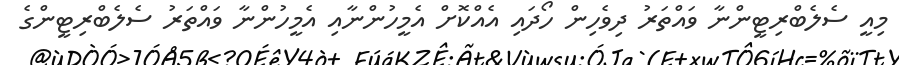
މިއީ ސެލެބްރިޓީންނާ ވައްތަރު ދިވެހިން ހޯދައި އެއްކޮށް އެމީހުންނާއި އެމީހުންނާ ވައްތަރު ސެލެބްރިޓީންގެ